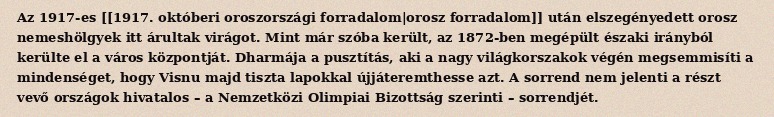
Az 1917-es [[1917. októberi oroszországi forradalom|orosz forradalom]] után elszegényedett orosz nemeshölgyek itt árultak virágot. Mint már szóba került, az 1872-ben megépült északi irányból kerülte el a város központját. Dharmája a pusztítás, aki a nagy világkorszakok végén megsemmisíti a mindenséget, hogy Visnu majd tiszta lapokkal újjáteremthesse azt. A sorrend nem jelenti a részt vevő országok hivatalos – a Nemzetközi Olimpiai Bizottság szerinti – sorrendjét.